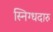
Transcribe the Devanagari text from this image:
स्निग्धदारु